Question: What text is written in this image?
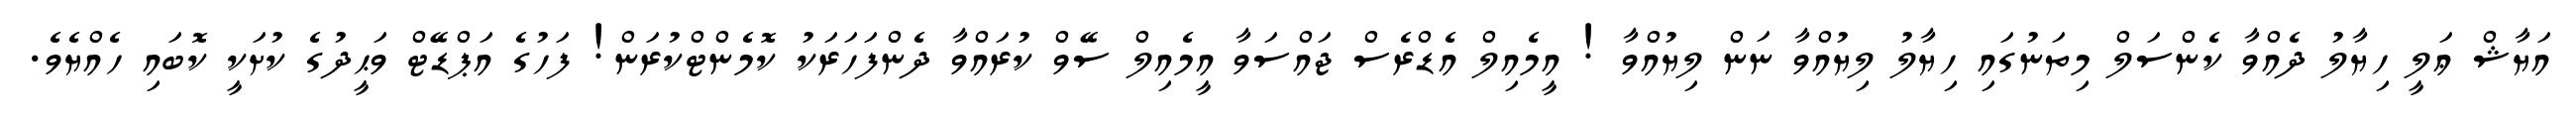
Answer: އަޔާޝް ޢަލީ ހިޔާލު ދެއްވާ ކެންސަލް މިތަނުގައި ހިޔާލު ލިޔުއްވާ ނަން ލިޔުއްވާ ! އީމެއިލް އެޑްރެސް ޖައްސަވާ އީމެއިލް ސޭވް ކުރައްވާ ދެންފަހަރަކު ކޮމެންޓްކުރަން! ފަހުގެ އަޕްޑޭޓް ވަޙީދުގެ ކުށަކީ ކޮބައި ހެއްޔެވެ.